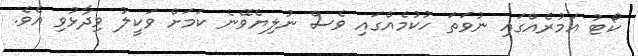
ކޯޓު އަމުރެއްގައި ނުވަތަ ހުކުމެއްގައި ވެސް ނުލިޔެވޭނެ ކަމަށް ވަކީލު ވިދާޅުވި އެވެ.